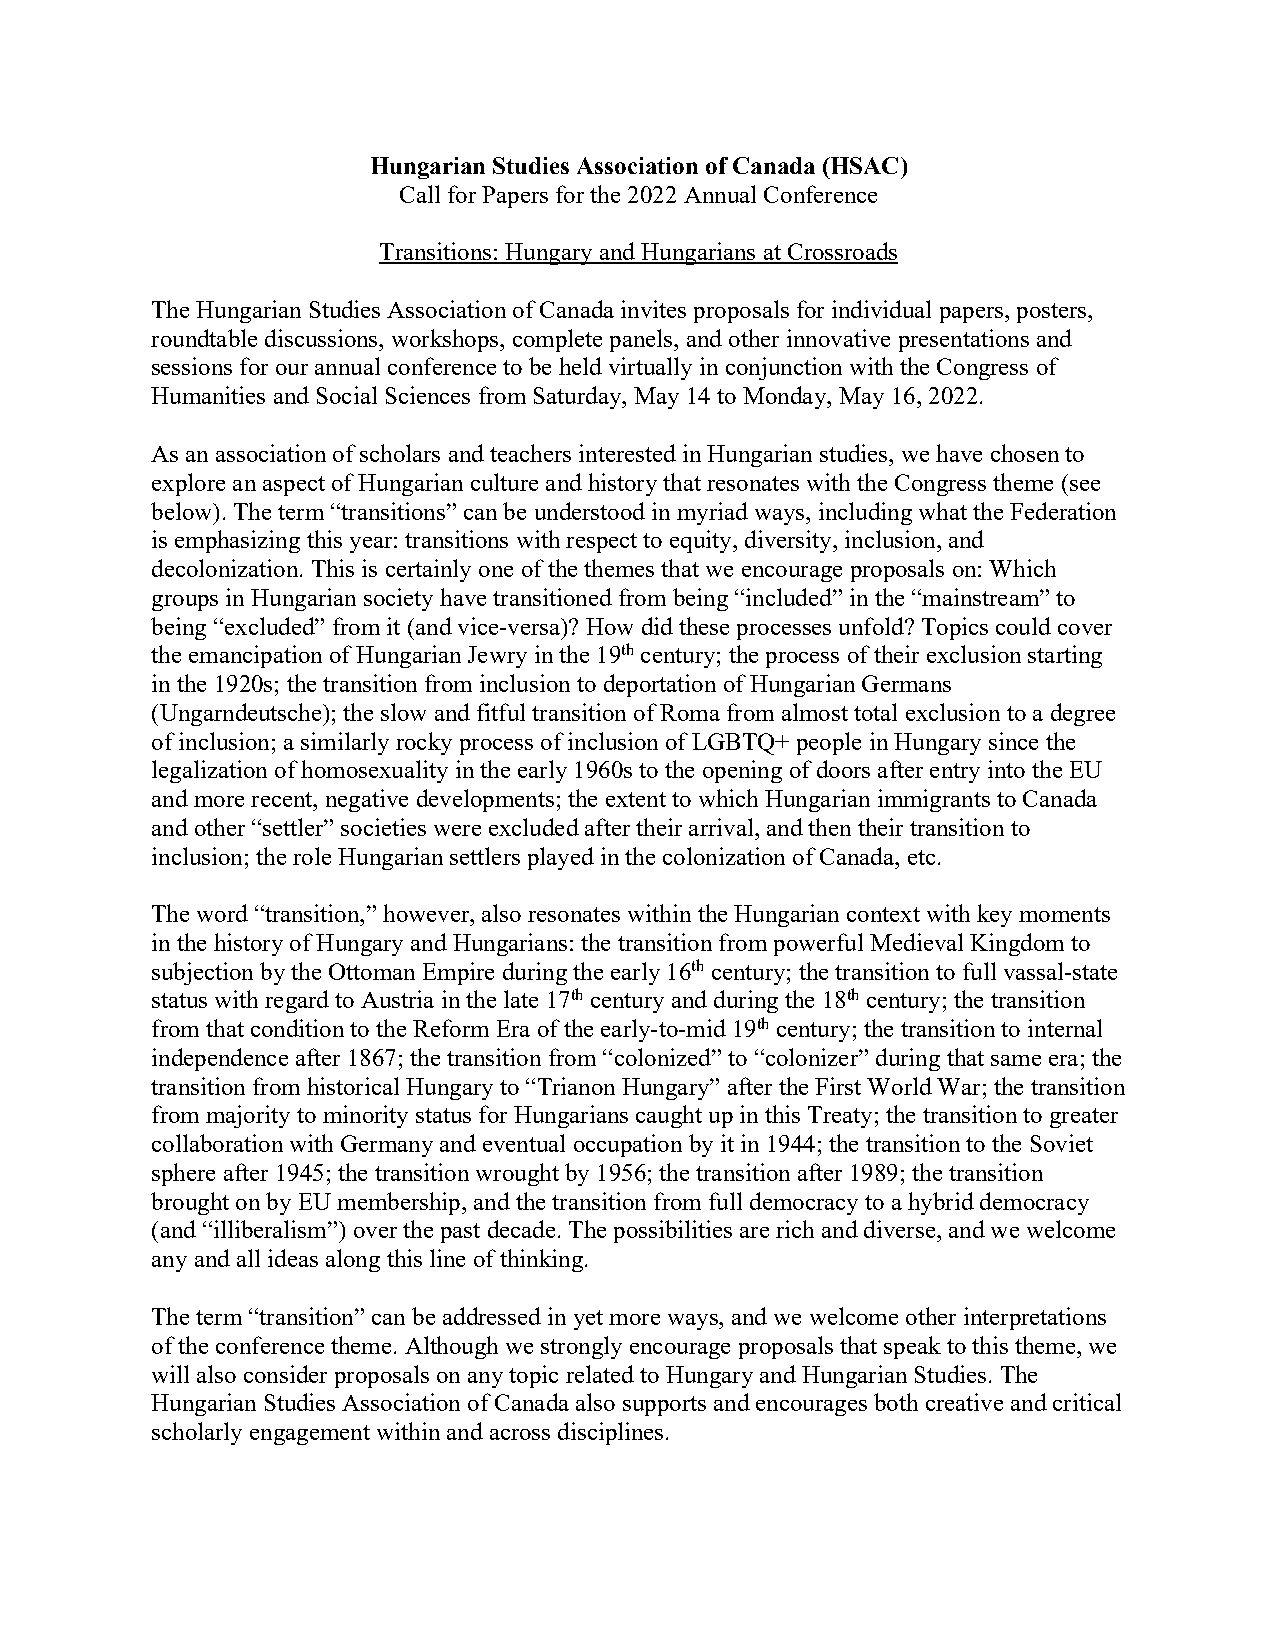
Hungarian Studies Association of Canada (HSAC)
 Call for Papers for the 2022 Annual Conference
 Transitions: Hungary and Hungarians at Crossroads
 The Hungarian Studies Association of Canada invites proposals for individual papers, posters,
 roundtable discussions, workshops, complete panels, and other innovative presentations and
 sessions for our annual conference to be held virtually in conjunction with the Congress of
 Humanities and Social Sciences from Saturday, May 14 to Monday, May 16, 2022.
 As an association of scholars and teachers interested in Hungarian studies, we have chosen to
 explore an aspect of Hungarian culture and history that resonates with the Congress theme (see
 below). The term “transitions” can be understood in myriad ways, including what the Federation
 is emphasizing this year: transitions with respect to equity, diversity, inclusion, and
 decolonization. This is certainly one of the themes that we encourage proposals on: Which
 groups in Hungarian society have transitioned from being “included” in the “mainstream” to
 being “excluded” from it (and vice-versa)? How did these processes unfold? Topics could cover
 the emancipation of Hungarian Jewry in the 19th century; the process of their exclusion starting
 in the 1920s; the transition from inclusion to deportation of Hungarian Germans
 (Ungarndeutsche); the slow and fitful transition of Roma from almost total exclusion to a degree
 of inclusion; a similarly rocky process of inclusion of LGBTQ+ people in Hungary since the
 legalization of homosexuality in the early 1960s to the opening of doors after entry into the EU
 and more recent, negative developments; the extent to which Hungarian immigrants to Canada
 and other “settler” societies were excluded after their arrival, and then their transition to
 inclusion; the role Hungarian settlers played in the colonization of Canada, etc.
 The word “transition,” however, also resonates within the Hungarian context with key moments
 in the history of Hungary and Hungarians: the transition from powerful Medieval Kingdom to
 subjection by the Ottoman Empire during the early 16th century; the transition to full vassal-state
 status with regard to Austria in the late 17th century and during the 18th century; the transition
 from that condition to the Reform Era of the early-to-mid 19th century; the transition to internal
 independence after 1867; the transition from “colonized” to “colonizer” during that same era; the
 transition from historical Hungary to “Trianon Hungary” after the First World War; the transition
 from majority to minority status for Hungarians caught up in this Treaty; the transition to greater
 collaboration with Germany and eventual occupation by it in 1944; the transition to the Soviet
 sphere after 1945; the transition wrought by 1956; the transition after 1989; the transition
 brought on by EU membership, and the transition from full democracy to a hybrid democracy
 (and “illiberalism”) over the past decade. The possibilities are rich and diverse, and we welcome
 any and all ideas along this line of thinking.
 The term “transition” can be addressed in yet more ways, and we welcome other interpretations
 of the conference theme. Although we strongly encourage proposals that speak to this theme, we
 will also consider proposals on any topic related to Hungary and Hungarian Studies. The
 Hungarian Studies Association of Canada also supports and encourages both creative and critical
 scholarly engagement within and across disciplines.